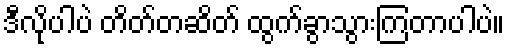
ဒီလိုပါပဲ တိတ်တဆိတ် ထွက်ခွာသွားကြတာပါပဲ။